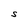
Character: S